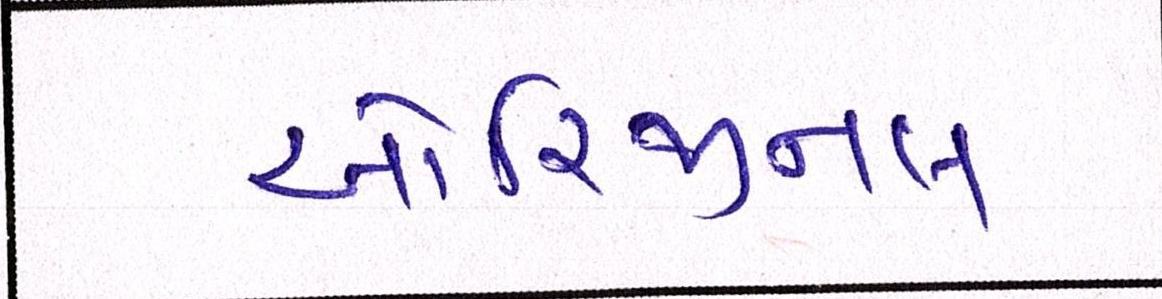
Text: ઓરિજીનલ